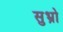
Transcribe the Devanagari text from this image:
सुभ्रो